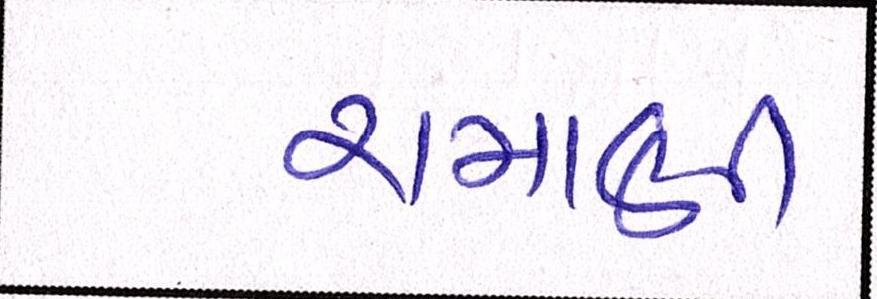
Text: રામાણી